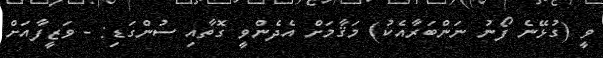
ވީ (ގުޅޭނެ ފޯނު ނަންބަރާއެކު) މަޤާމަށް އެދެންވީ ގޮތާއި ސުންގަޑި: - ވަޒީފާއަށް